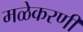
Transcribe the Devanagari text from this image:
मळेकरणी